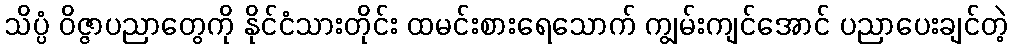
သိပ္ပံ ဝိဇ္ဇာပညာတွေကို နိုင်ငံသားတိုင်း ထမင်းစားရေသောက် ကျွမ်းကျင်အောင် ပညာပေးချင်တဲ့